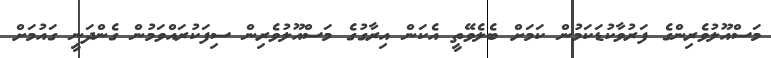
މަސްއޫލުވެރިންގެ ފަރުވާކުޑަކަމުން ކަމަށް ބެލެވޭތީ އެކަން އިރާގުގެ މަސްއޫލުވެރިން ސިފަކުރައްވަމުން ގެންދަނީ ގައުމަށް